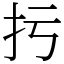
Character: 扝